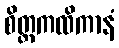
စိတ္တကထိကာနံ